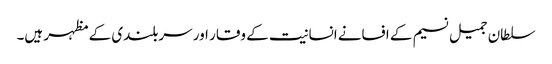
سلطان جمیل نسیم کے افسانے انسانیت کے وقار اور سربلندی کے مظہر ہیں۔